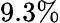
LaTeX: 9.3\%